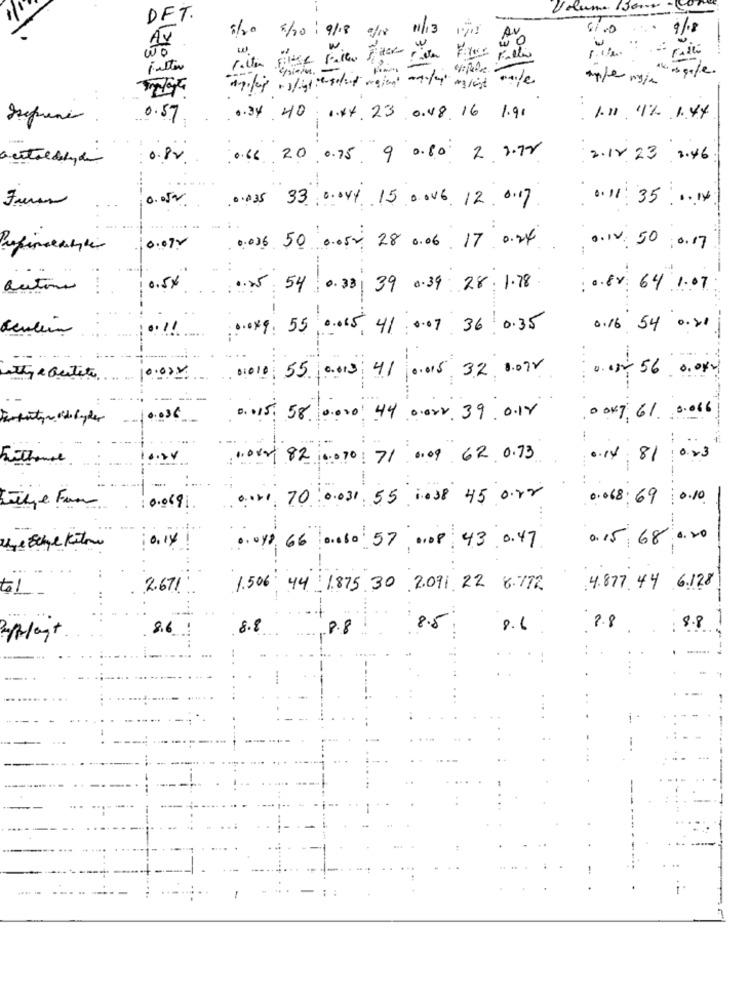
Volume Jour-
DET.
5/20
5/10/9/18 of18 11/13 1918
AV
9/8
w
juster
aple mais
1. spole.
0.57
.. 34.40. 1.44.23.0.48. 16 1.91
: 1.10 11% 1.44
-
. . PY.
0.66 20 0.75 9 0.80 2. 2.12
2.18 23 2: 46
.---
0.05w
0035 33 0.044 15 0 006 12. 0.17
0.11: 35 .04
0.07 .
0:036 50 0.050 28 0.06. 17: 0.24
·IV 50 0.17
0.5%
54 0.33 39 0.39 28. 1.78
:00x 64 1.07
.. !!
.. 049: 55
0.015, 41 0.07 36 0.35
0:16 54 0. 0 0
2010
55 0.013 41 0.015 32 8.078
atty & Butits.
115. 58 0.000 44 Doxx.39. 0.18
0047, 61 0016
Frithouse
1.080 82 0070 71 0.09 62. 0.73
.14 81 0.23
--
....
70:0.031.55 1008 45 our
0.068. 69 0.10.
0.0691
0.14
0.15 68 0.20
0.018 66 0.080 57, 0.08 43 0.47
19
2.671
1.506: 44 1.875 30 2.091 22 8.772
:4.877.44 6.128
8.6
8.8
8.8
8.5
8.6
2.8
: 8.8
- -
-